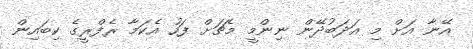
އޭނާ އަށް މި އަދަބުދޭން ނިންމީ މެޗަށް ފަހު އެކަމާ ރެފްރީގެ ކިބައިން